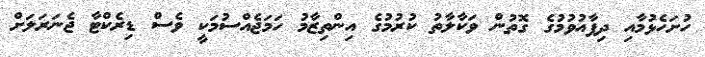
ހުށަހެޅުމާއި ދިފާއުވުމުގެ ގޮތުން ވަކާލާތު ކުރުމުގެ އިންތިޒާމު ހަމަޖެއްސުމަކީ ވެސް ޑިރެކްޓާ ޖެނަރަލަށް